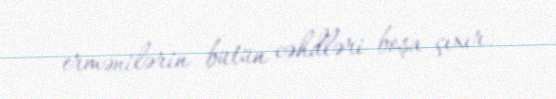
ermənilərin bütün cəhdləri boşa çıxır.